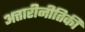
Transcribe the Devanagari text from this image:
अत्तारीनीतिकी